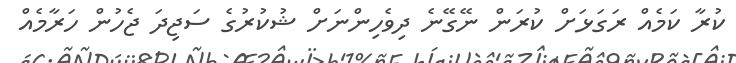
ކުރާ ކަމެއް ރަގަޅަށް ކުރަން ނޭގޭނެ ދިވެހިންނަށް ޝުކުރުގެ ސަޖިދަ ޖެހުން ހަރާމެއް